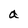
Character: a